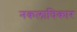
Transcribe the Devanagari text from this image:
नकलाधिकार